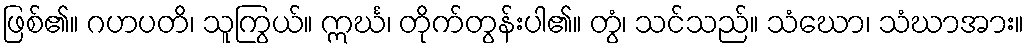
ဖြစ်၏။ ဂဟပတိ၊ သူကြွယ်။ ဣင်္ဃ၊ တိုက်တွန်းပါ၏။ တွံ၊ သင်သည်။ သံဃော၊ သံဃာအား။